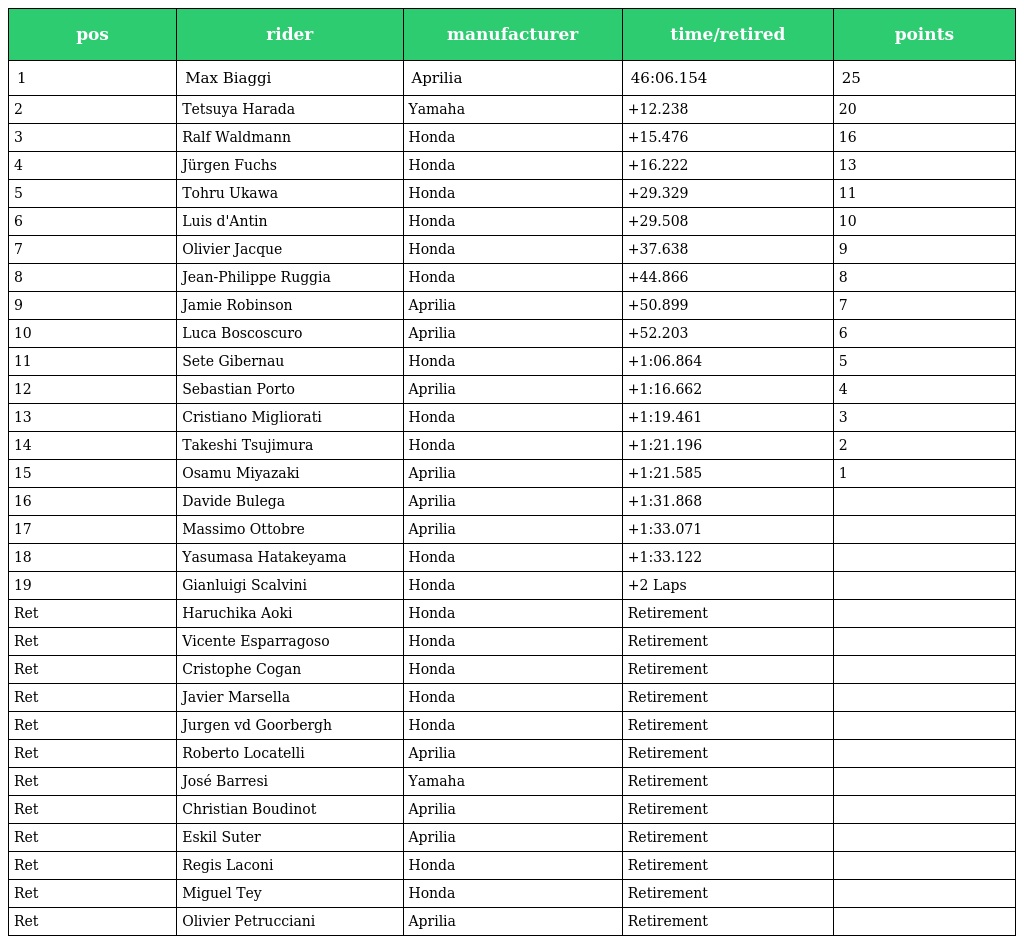
| pos | rider | manufacturer | time/retired | points |
 | --- | --- | --- | --- | --- |
 | 1 | Max Biaggi | Aprilia | 46:06.154 | 25 |
 | 2 | Tetsuya Harada | Yamaha | +12.238 | 20 |
 | 3 | Ralf Waldmann | Honda | +15.476 | 16 |
 | 4 | Jürgen Fuchs | Honda | +16.222 | 13 |
 | 5 | Tohru Ukawa | Honda | +29.329 | 11 |
 | 6 | Luis d'Antin | Honda | +29.508 | 10 |
 | 7 | Olivier Jacque | Honda | +37.638 | 9 |
 | 8 | Jean-Philippe Ruggia | Honda | +44.866 | 8 |
 | 9 | Jamie Robinson | Aprilia | +50.899 | 7 |
 | 10 | Luca Boscoscuro | Aprilia | +52.203 | 6 |
 | 11 | Sete Gibernau | Honda | +1:06.864 | 5 |
 | 12 | Sebastian Porto | Aprilia | +1:16.662 | 4 |
 | 13 | Cristiano Migliorati | Honda | +1:19.461 | 3 |
 | 14 | Takeshi Tsujimura | Honda | +1:21.196 | 2 |
 | 15 | Osamu Miyazaki | Aprilia | +1:21.585 | 1 |
 | 16 | Davide Bulega | Aprilia | +1:31.868 |  |
 | 17 | Massimo Ottobre | Aprilia | +1:33.071 |  |
 | 18 | Yasumasa Hatakeyama | Honda | +1:33.122 |  |
 | 19 | Gianluigi Scalvini | Honda | +2 Laps |  |
 | Ret | Haruchika Aoki | Honda | Retirement |  |
 | Ret | Vicente Esparragoso | Honda | Retirement |  |
 | Ret | Cristophe Cogan | Honda | Retirement |  |
 | Ret | Javier Marsella | Honda | Retirement |  |
 | Ret | Jurgen vd Goorbergh | Honda | Retirement |  |
 | Ret | Roberto Locatelli | Aprilia | Retirement |  |
 | Ret | José Barresi | Yamaha | Retirement |  |
 | Ret | Christian Boudinot | Aprilia | Retirement |  |
 | Ret | Eskil Suter | Aprilia | Retirement |  |
 | Ret | Regis Laconi | Honda | Retirement |  |
 | Ret | Miguel Tey | Honda | Retirement |  |
 | Ret | Olivier Petrucciani | Aprilia | Retirement |  |